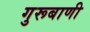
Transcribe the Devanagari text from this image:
गुरूबाणी